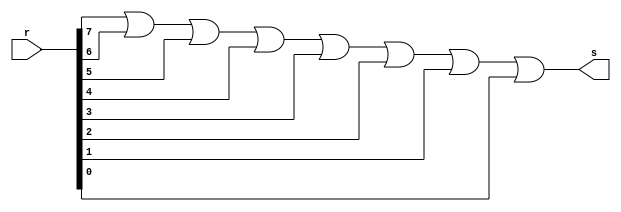
// ------------------------- 
// Exerc0012
// Nome: Pedro Henrique Vilar Locatelli 
// --------------------- 
// --------------------- 
module ortestgate (output s, 
input [0:7] r); 
wire w1,w2,w3,w4,w5,w6;
or as1 (w1, r[0], r[1]);
or as2 (w2, w1, r[2]);
or as3 (w3, w2, r[3]);
or as4 (w4, w3, r[4]);
or as5 (w5, w4, r[5]);
or as6 (w6, w5, r[6]);
or as7 (s, w6, r[7]);
endmodule // or
// --------------------- 
// -- test ORTESTgate 
// --------------------- 
module testortestgate; 
// ------------------------- dados locais 
reg [0:7] a; // definir registrador 
wire s; // definir conexao (fio) 
// ------------------------- instancia 
ortestgate OR1 (s, a); 
// ------------------------- preparacao 
initial begin:start 
a= 8'b00000000; 
end 
// ------------------------- parte principal 
initial begin:main 
$display("Exerc0012 - Pedro Henrique Vilar Locatelli  - 427453"); 
$display("Test ortest gate"); 
$display("\n a = s\n");
$monitor("%b = %b", a, s); 
#1 a=8'b00000001;
#1 a=8'b00000001;
#1 a=8'b00000001;
#1 a=8'b00110001;
#1 a=8'b11111111;
#1 a=8'b00111101;
#1 a=8'b00000001;
#1 a=8'b01110001;
#1 a=8'b00000110;
#1 a=8'b00000001;
end 
endmodule // testortestgate